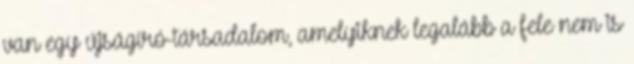
van egy újságíró-társadalom, amelyiknek legalább a fele nem is